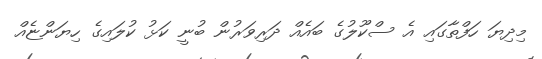
މިދިޔަ ހަފްތާގައި އެ ސްކޫލުގެ ބައެއް ދަރިވަރުން ބުނީ ކަޅު ކުލައިގެ ހިޔަންޏެއް